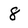
Character: 8